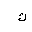
Letter: _kaf